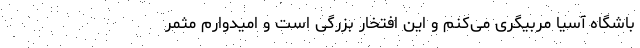
باشگاه آسیا مربیگری می‌کنم و این افتخار بزرگی است و امیدوارم مثمر